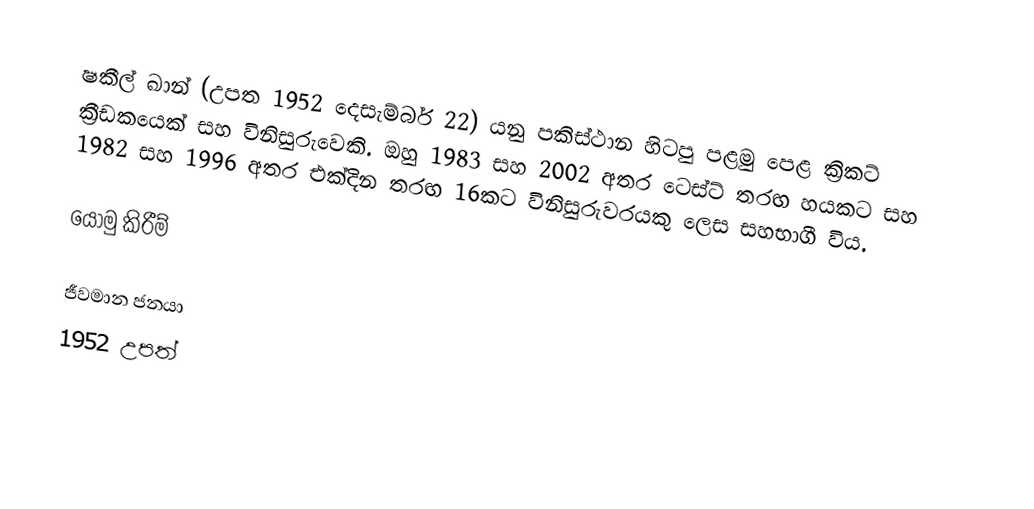
ෂකීල් ඛාන් (උපත 1952 දෙසැම්බර් 22) යනු පකිස්ථාන හිටපු පළමු පෙළ ක්‍රිකට් ක්‍රීඩකයෙක් සහ විනිසුරුවෙකි. ඔහු 1983 සහ 2002 අතර ටෙස්ට් තරඟ හයකට සහ 1982 සහ 1996 අතර එක්දින තරඟ 16කට විනිසුරුවරයකු ලෙස සහභාගී විය.

යොමු කිරීම්

ජීවමාන ජනයා
1952 උපත්